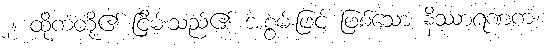
၂။ ထိုကံတို့၏ ငြိမ်းသည်၏ အစွမ်းဖြင့် ဖြစ်သော နိဿာရဏကံ၊